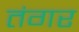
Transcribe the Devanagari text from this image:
तंगर